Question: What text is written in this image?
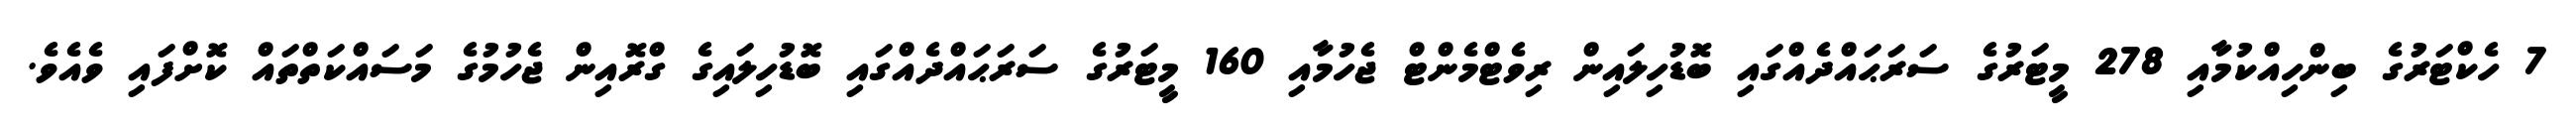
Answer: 7 ހެކްޓަރުގެ ބިންހިއްކުމާއި 278 މީޓަރުގެ ސަރަޙައްދެއްގައި ބޮޑުހިލައިން ރިވެޓްމެންޓް ޖެހުމާއި 160 މީޓަރުގެ ސަރަޙައްދެއްގައި ބޮޑުހިލައިގެ ގްރޮއިން ޖެހުމުގެ މަސައްކަތްތައް ކޮށްފައި ވެއެވެ.